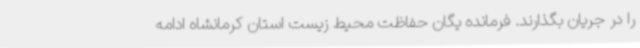
را در جریان بگذارند. فرمانده یگان حفاظت محیط زیست استان کرمانشاه ادامه